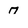
Character: 7